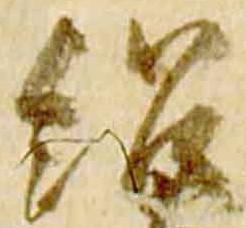
紹